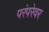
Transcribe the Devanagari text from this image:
परंपरेवर